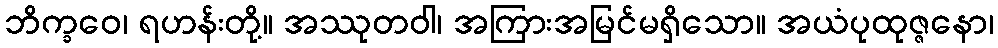
ဘိက္ခဝေ၊ ရဟန်းတို့။ အဿုတဝါ၊ အကြားအမြင်မရှိသော။ အယံပုထုဇ္ဇနော၊